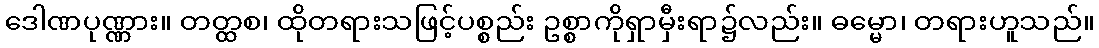
ဒေါဏပုဏ္ဏား။ တတ္ထစ၊ ထိုတရားသဖြင့်ပစ္စည်း ဥစ္စာကိုရှာမှီးရာ၌လည်း။ ဓမ္မော၊ တရားဟူသည်။